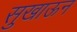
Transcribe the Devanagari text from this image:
सुखाऊन